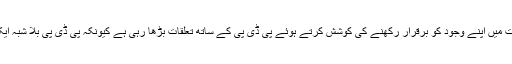
میرے خیال میں کانگریس اب ریاست میں اپنے وجود کو برقرار رکھنے کی کوشش کرتے ہوئے پی ڈی پی کے ساتھ تعلقات بڑھا رہی ہے کیونکہ پی ڈی پی بلا شبہ ایک طاقت کے طور پر ابھر رہی ہے۔